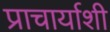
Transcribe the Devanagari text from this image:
प्राचार्याशी